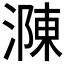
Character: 𣼼